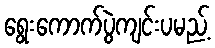
ရွေးကောက်ပွဲကျင်းပမည့်